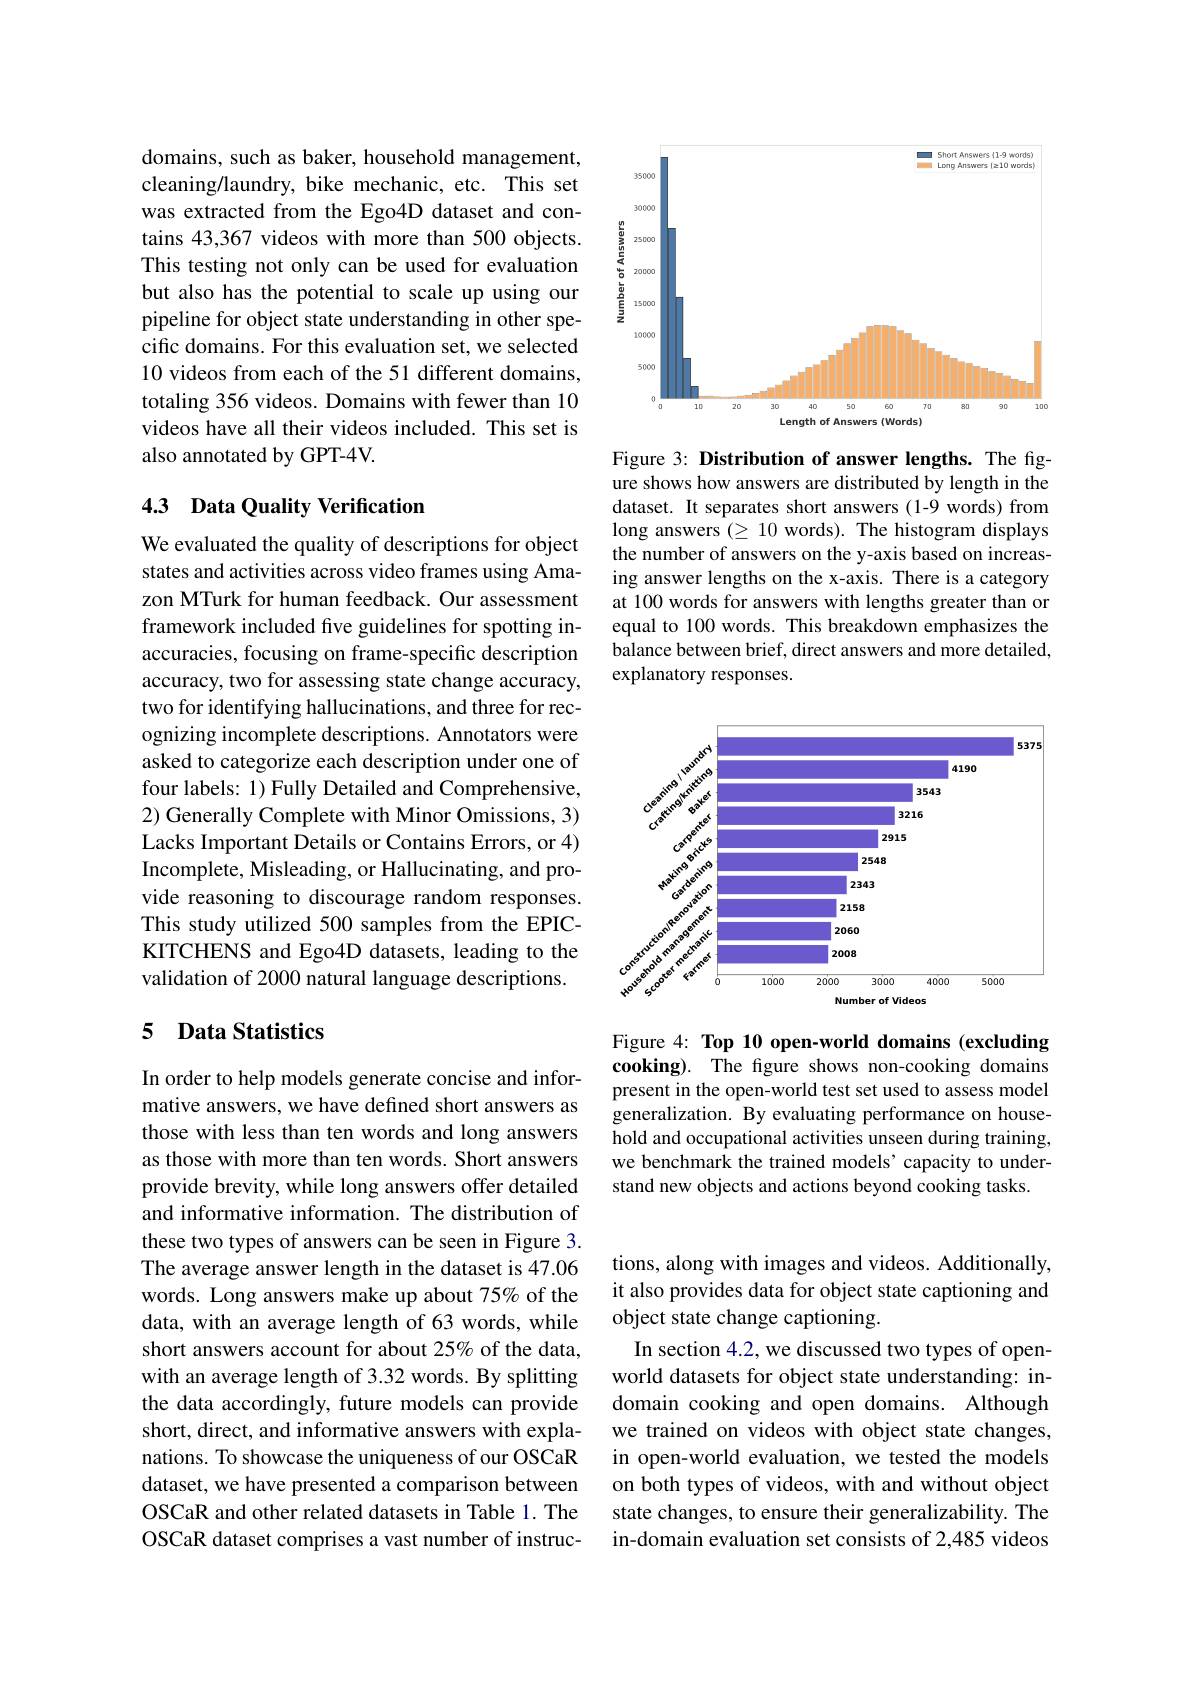
domains, such as baker, household management, cleaning/laundry, bike mechanic, etc. This set was extracted from the Ego4D dataset and contains 43,367 videos with more than 500 objects. This testing not only can be used for evaluation but also has the potential to scale up using our pipeline for object state understanding in other specific domains. For this evaluation set, we selected 10 videos from each of the 51 different domains, totaling 356 videos. Domains with fewer than 10 videos have all their videos included. This set is also annotated by GPT-4V.

## 4.3 Data Quality Verification

We evaluated the quality of descriptions for object states and activities across video frames using Amazon MTurk for human feedback. Our assessment framework included five guidelines for spotting inaccuracies, focusing on frame-specific description accuracy, two for assessing state change accuracy, two for identifying hallucinations, and three for recognizing incomplete descriptions. Annotators were asked to categorize each description under one of four labels: 1) Fully Detailed and Comprehensive, 2) Generally Complete with Minor Omissions, 3) Lacks Important Details or Contains Errors, or 4) Incomplete, Misleading, or Hallucinating, and provide reasoning to discourage random responses. This study utilized 500 samples from the EPICKITCHENS and Ego4D datasets, leading to the validation of 2000 natural language descriptions.

## 5 Data Statistics

In order to help models generate concise and informative answers, we have defined short answers as those with less than ten words and long answers as those with more than ten words. Short answers provide brevity, while long answers offer detailed and informative information. The distribution of these two types of answers can be seen in Figure 3. The average answer length in the dataset is 47.06 words. Long answers make up about 75% of the data, with an average length of 63 words, while short answers account for about 25% of the data, with an average length of 3.32 words. By splitting the data accordingly, future models can provide short, direct, and informative answers with explanations. To showcase the uniqueness of our OSCaR dataset, we have presented a comparison between OSCaR and other related datasets in Table 1. The OSCaR dataset comprises a vast number of instruc-

<FigureHere>

Figure 3: Distribution of answer lengths. The figure shows how answers are distributed by length in the dataset. It separates short answers (1-9 words) from long answers $(\geq10$ words). The histogram displays the number of answers on the y-axis based on increasing answer lengths on the x-axis. There is a category at 100 words for answers with lengths greater than or equal to 100 words. This breakdown emphasizes the balance between brief, direct answers and more detailed, explanatory responses.

<FigureHere>

Figure 4: Top 10 open-world domains (excluding cooking). The figure shows non-cooking domains present in the open-world test set used to assess model generalization. By evaluating performance on household and occupational activities unseen during training, we benchmark the trained models’capacity to understand new objects and actions beyond cooking tasks.

tions, along with images and videos. Additionally, it also provides data for object state captioning and object state change captioning.
In section 4.2, we discussed two types of openworld datasets for object state understanding: indomain cooking and open domains. Although we trained on videos with object state changes, in open-world evaluation, we tested the models on both types of videos, with and without object state changes, to ensure their generalizability. The in-domain evaluation set consists of 2,485 videos